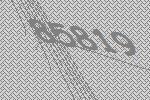
85819